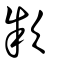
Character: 欵